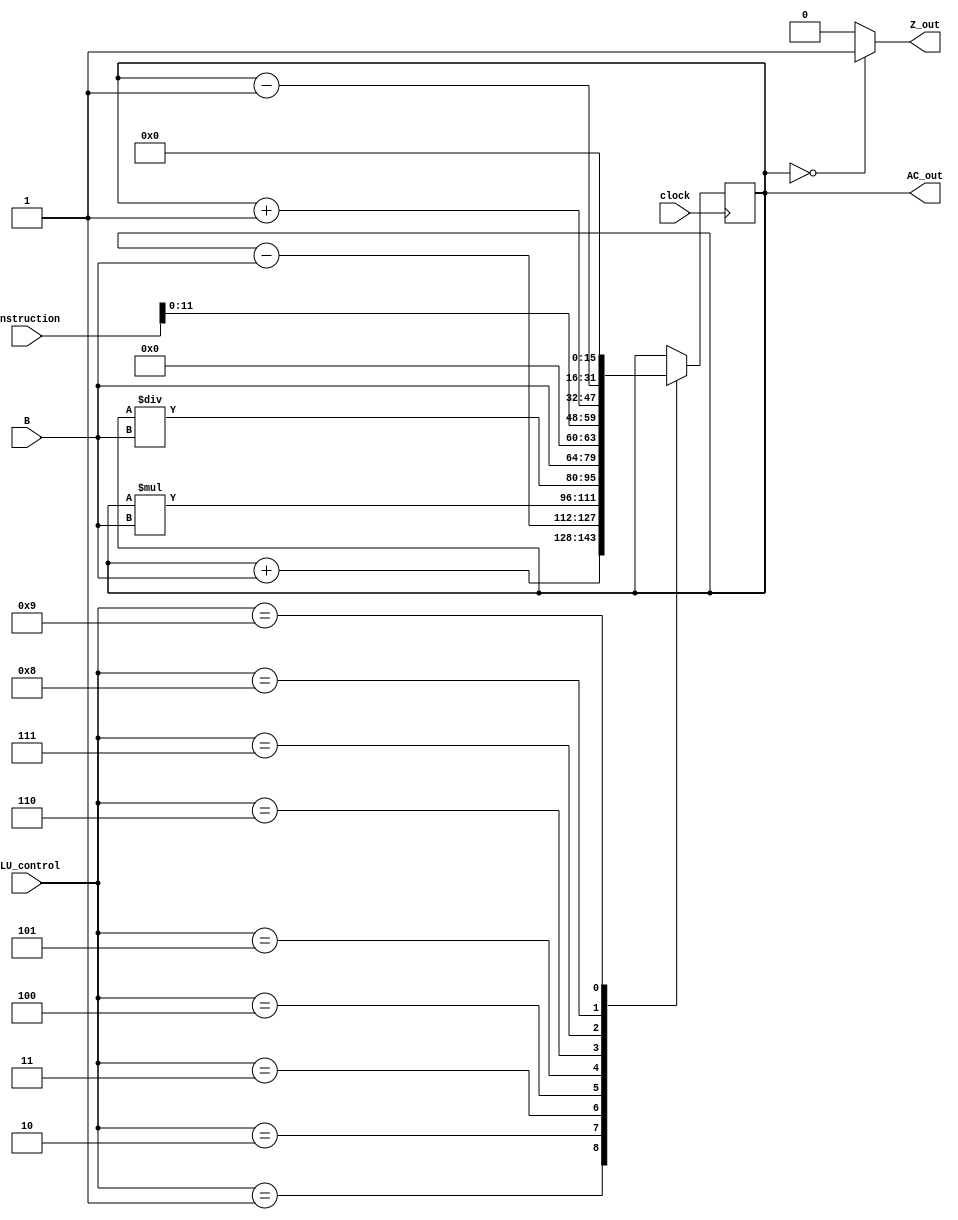
module ALU(   input wire [15:0] B, // Bus 16bit
			  input wire [3:0] ALU_control, //Control signal 4bit
			  input wire [15:0] instruction, 
			  output wire [15:0] AC_out, //Acculumator 16bit
			  output wire Z_out, //for flag
			  input wire clock);

reg [15:0] AC;
reg [11:0] load_constant;
reg Z;
assign AC_out = AC;
assign Z_out = Z;

initial
begin
AC = 16'b0;
end

always@(instruction)
begin
	load_constant = instruction[11:0];
end

always @(AC) //Flag
	begin
		if(AC==16'b0) //checking if AC==0
			Z <= 1; 
		else 
			Z <= 0;
	end
			
always @(posedge clock)
begin
	case(ALU_control)
	4'b0000: //Pass the value
	begin
		AC <= AC;
	end
	
	4'b0001: //Add AC to bus
	begin
		AC <= AC+B;
	end
	
	4'b0010: //Subtract bus from AC
	begin
		AC <= AC-B;
	end
	
	4'b0011:  //Multiply bus by AC
	begin 
		AC <= AC*B;
	end
	
	4'b0100: //Divide AC by bus
	begin
		AC <= AC/B;
	end
	
	4'b0101: //Set bus value to AC
	begin
		AC <= B;
	end
	
	4'b0110: //Load constant
	begin
		AC <= {4'b0,load_constant}; // "0000"+"12 bit value from instruction"
	end
	
	4'b0111: //Increment AC by 1
	begin
		AC <= AC + 16'd1;
	end
	
	4'b1000: //Decrement AC by 1
	begin
		AC <= AC - 16'd1;
	end
	
	4'b1001: //Set AC=0
	begin
		AC <= 16'b0;
	end
	endcase
end

endmodule